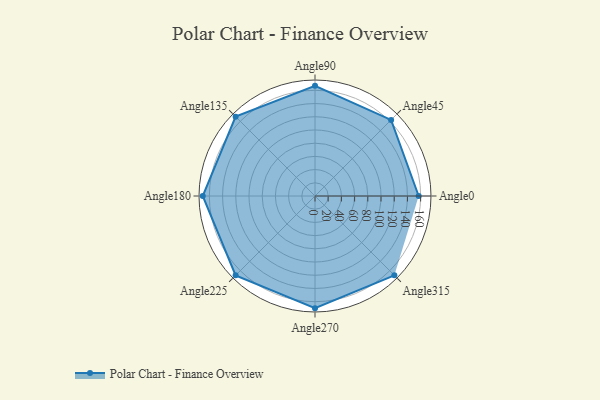
{"axis": {"x": "Angle", "y": "Radius"}, "legend": [""], "data": [{"x": "Angle0", "y": 157.0, "type": ""}, {"x": "Angle45", "y": 163.0, "type": ""}, {"x": "Angle90", "y": 167.0, "type": ""}, {"x": "Angle135", "y": 170, "type": ""}, {"x": "Angle180", "y": 170, "type": ""}, {"x": "Angle225", "y": 170, "type": ""}, {"x": "Angle270", "y": 170, "type": ""}, {"x": "Angle315", "y": 170, "type": ""}]}